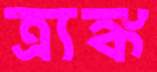
ত্র্যঙ্ক